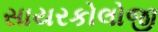
સાયરકોલોજી